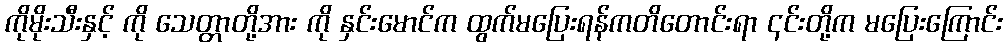
ကိုမိုးသီးနှင့် ကို သေတ္တာတို့အား ကို နှင်းမောင်က ထွက်မပြေးရန်ကတိတောင်းရာ ၎င်းတို့က မပြေးကြောင်း